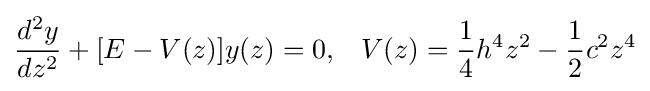
{\frac {d^{2}y}{dz^{2}}}+[E-V(z)]y(z)=0,\;\;\;V(z)={\frac {1}{4}}h^{4}z^{2}-{\frac {1}{2}}c^{2}z^{4}